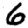
Digit: 6